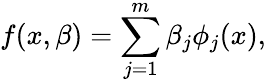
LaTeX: f(x,\beta)=\sum_{j=1}^{m}\beta_{j}\phi_{j}(x),